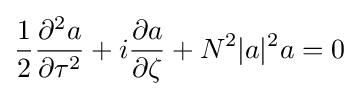
{\frac {1}{2}}{\frac {\partial ^{2}a}{\partial \tau ^{2}}}+i{\frac {\partial a}{\partial \zeta }}+N^{2}|a|^{2}a=0